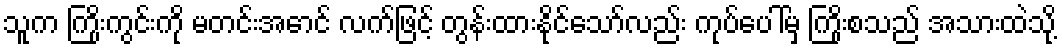
သူက ကြိုးကွင်းကို မတင်းအောင် လက်ဖြင့် တွန်းထားနိုင်သော်လည်း ကုပ်ပေါ်မှ ကြိုးစသည် အသားထဲသို့